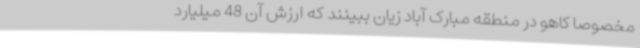
مخصوصا کاهو در منطقه مبارک آباد زیان ببینند که ارزش آن 48 میلیارد